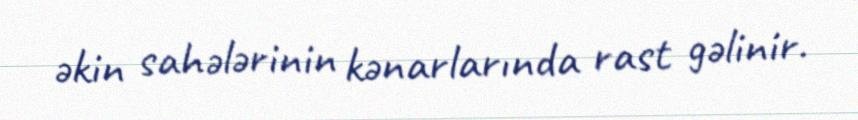
əkin sahələrinin kənarlarında rast gəlinir.